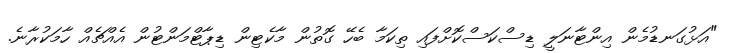
"އަޅުގަނޑުމެން އިންޓާނަލީ ޑިސްކަސްކޮށްފައި ތިކަމާ ބެހޭ ގޮތުން މާކެޓިން ޑިޕާޓްމަންޓުން އެއްޗެއް ހާމަކުރާނެ.